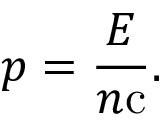
p = { \frac { E } { n \mathrm { c } } } .